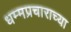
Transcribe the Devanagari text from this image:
धम्मप्रचाराच्या